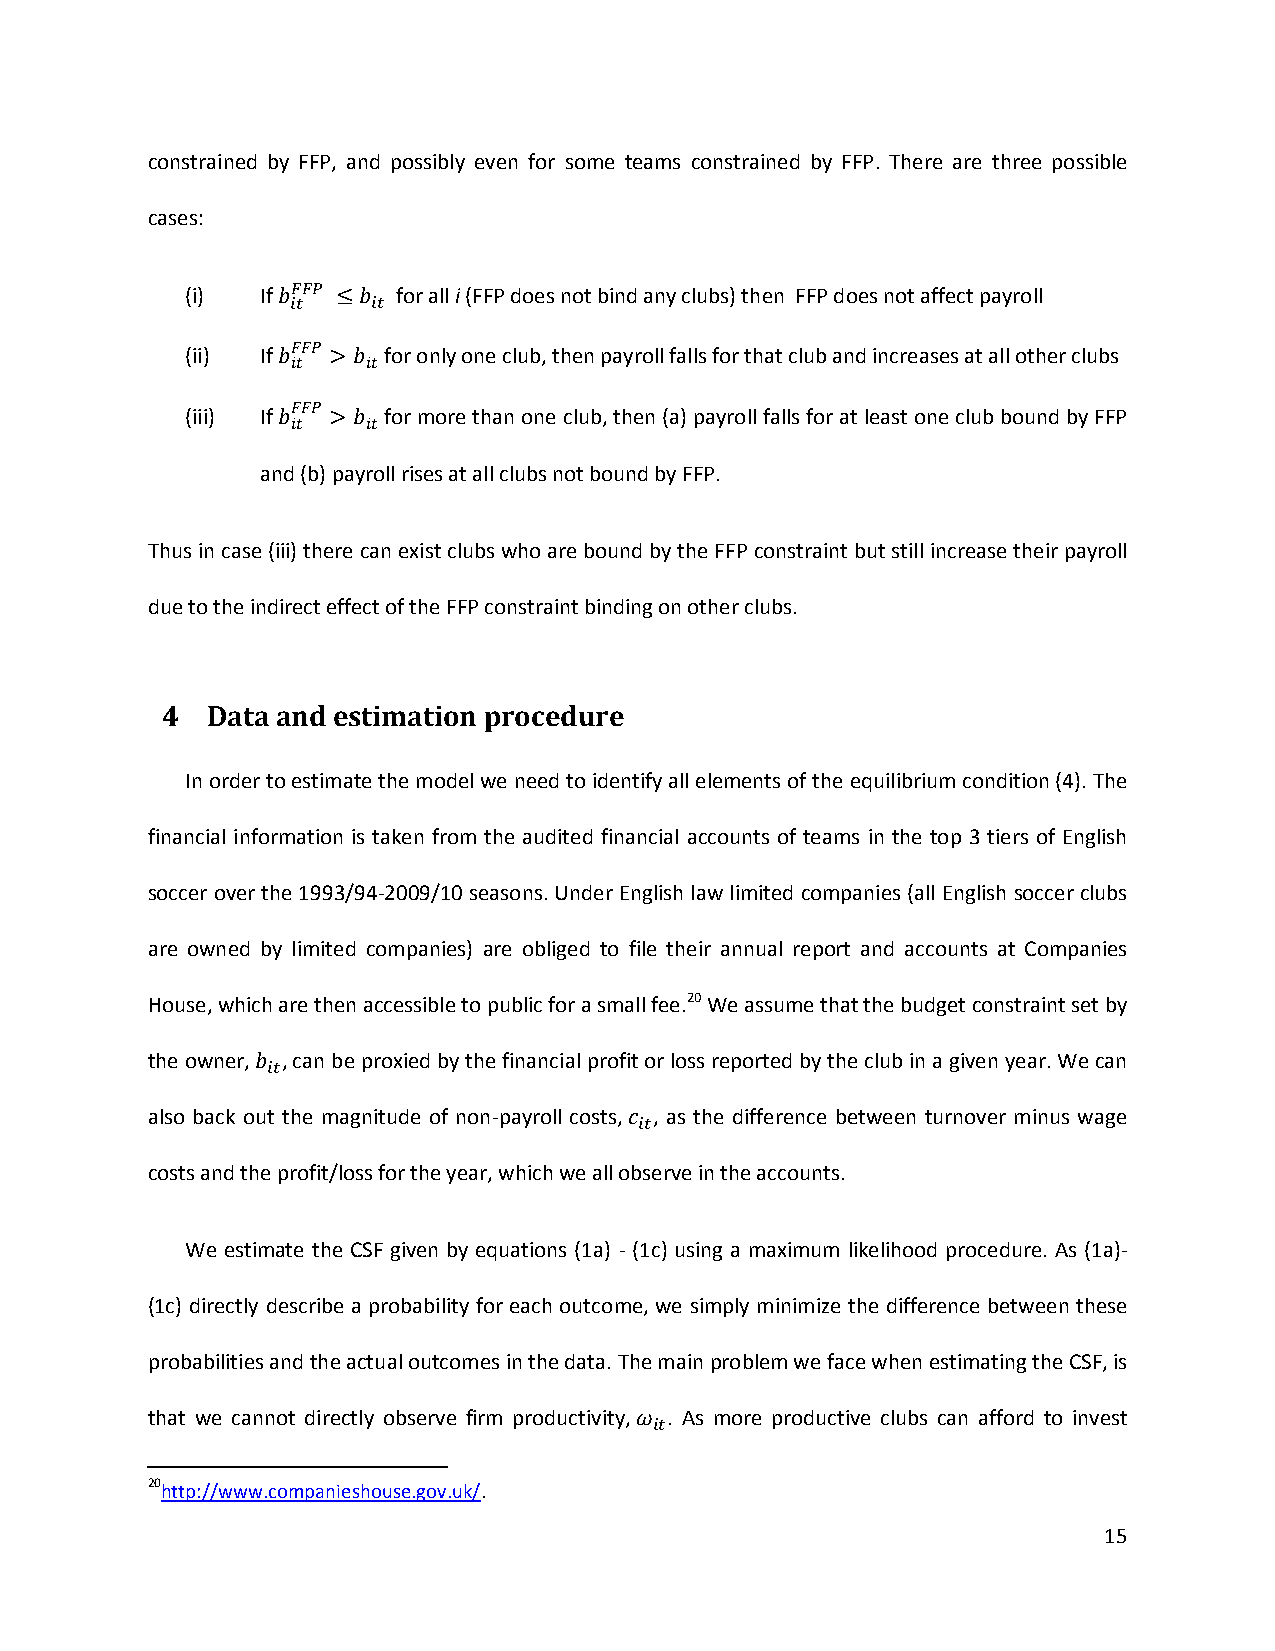
constrained by FFP, and possibly even for some teams constrained by FFP. There are three possible
 cases:
 (i)  If       for all i (FFP does not bind any clubs) then FFP does not affect payroll
 (ii) If      for only one club, then payroll falls for that club and increases at all other clubs
 (iii) If     for more than one club, then (a) payroll falls for at least one club bound by FFP
 and (b) payroll rises at all clubs not bound by FFP.
 Thus in case (iii) there can exist clubs who are bound by the FFP constraint but still increase their payroll
 due to the indirect effect of the FFP constraint binding on other clubs.
 4  Data and estimation procedure
 In order to estimate the model we need to identify all elements of the equilibrium condition (4). The
 financial information is taken from the audited financial accounts of teams in the top 3 tiers of English
 soccer over the 1993/94-2009/10 seasons. Under English law limited companies (all English soccer clubs
 are owned by limited companies) are obliged to file their annual report and accounts at Companies
 House, which are then accessible to public for a small fee.20 We assume that the budget constraint set by
 the owner, , can be proxied by the financial profit or loss reported by the club in a given year. We can
 also back out the magnitude of non-payroll costs, , as the difference between turnover minus wage
 costs and the profit/loss for the year, which we all observe in the accounts.
 We estimate the CSF given by equations (1a) - (1c) using a maximum likelihood procedure. As (1a)-
 (1c) directly describe a probability for each outcome, we simply minimize the difference between these
 probabilities and the actual outcomes in the data. The main problem we face when estimating the CSF, is
 that we cannot directly observe firm productivity, . As more productive clubs can afford to invest
 20http://www.companieshouse.gov.uk/.
 15